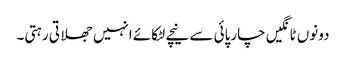
دونوں ٹانگیں چارپائی سے نیچے لٹکائے انہیں جھلاتی رہتی۔